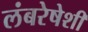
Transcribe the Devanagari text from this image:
लंबरेषेशी